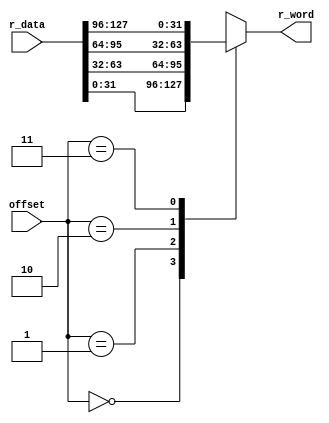
module rword_sel (
    input [1:0] offset,
    input [127:0] r_data,
    output reg [31:0] r_word
);
    always@(*)
    begin
        case (offset)
        2'b00: r_word = r_data[31:0];
        2'b01: r_word = r_data[63:32];
        2'b10: r_word = r_data[95:64];
        2'b11: r_word = r_data[127:96];
        endcase
    end
    //hit1 = 0, hit2 = 0 -> r_data = r_data2
endmodule